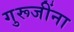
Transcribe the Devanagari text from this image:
गुरूजींना